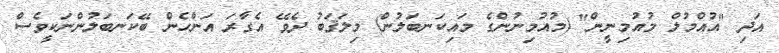
އަދި "އުއްމުލް މުއުމިނީން" (މުއުމިނުންގެ މައިކަނބަލުން) މިލަޤަބު ދެވޭ އެގާރަ އަންހެން ބޭކަނބަލުންނަކީވެސް